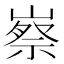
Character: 𡻰